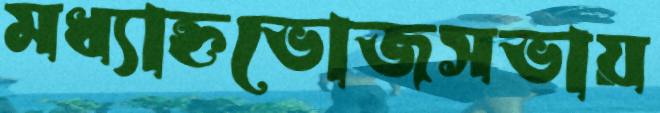
মধ্যাহ্নভোজসভায়